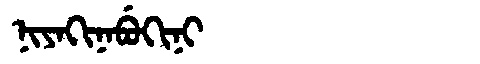
Manchu: ᠨᡳᠶᠠᡴᡳᠨᠠᠪᡠᡴᡳᠨᡳ
Romanization: NIYAKINABUKINI